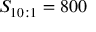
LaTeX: S _ { 1 0 : 1 } = 8 0 0